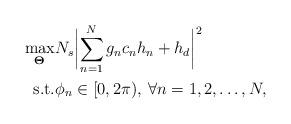
LaTeX: \begin{align*}\begin{aligned}\max_{\boldsymbol{\Theta}}& N_s \biggl|\sum_{n=1}^N g_n c_n h_n + h_d \biggr|^2\\\textrm{s.t.} & \phi_n\in [0,2\pi), \: \forall n=1,2,\ldots,N,\end{aligned}\end{align*}